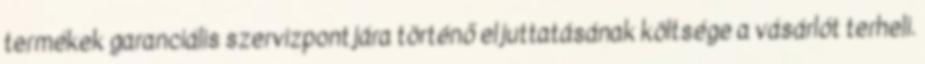
termékek garanciális szervizpontjára történő eljuttatásának költsége a vásárlót terheli.